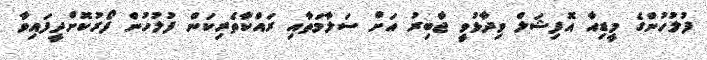
ފުލުހުންގެ މީޑިއާ އޮފިޝަލް ވިދާޅުވީ ޖާބިރު އަށް ސަލާމަތާއި ރައްކާތެރިކަން ފުލުހުން ފޯރުކޮށްދީފައިވާ